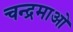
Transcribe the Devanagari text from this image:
चन्द्रमाओ